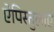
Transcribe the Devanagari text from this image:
ऐपिस्तुलाए